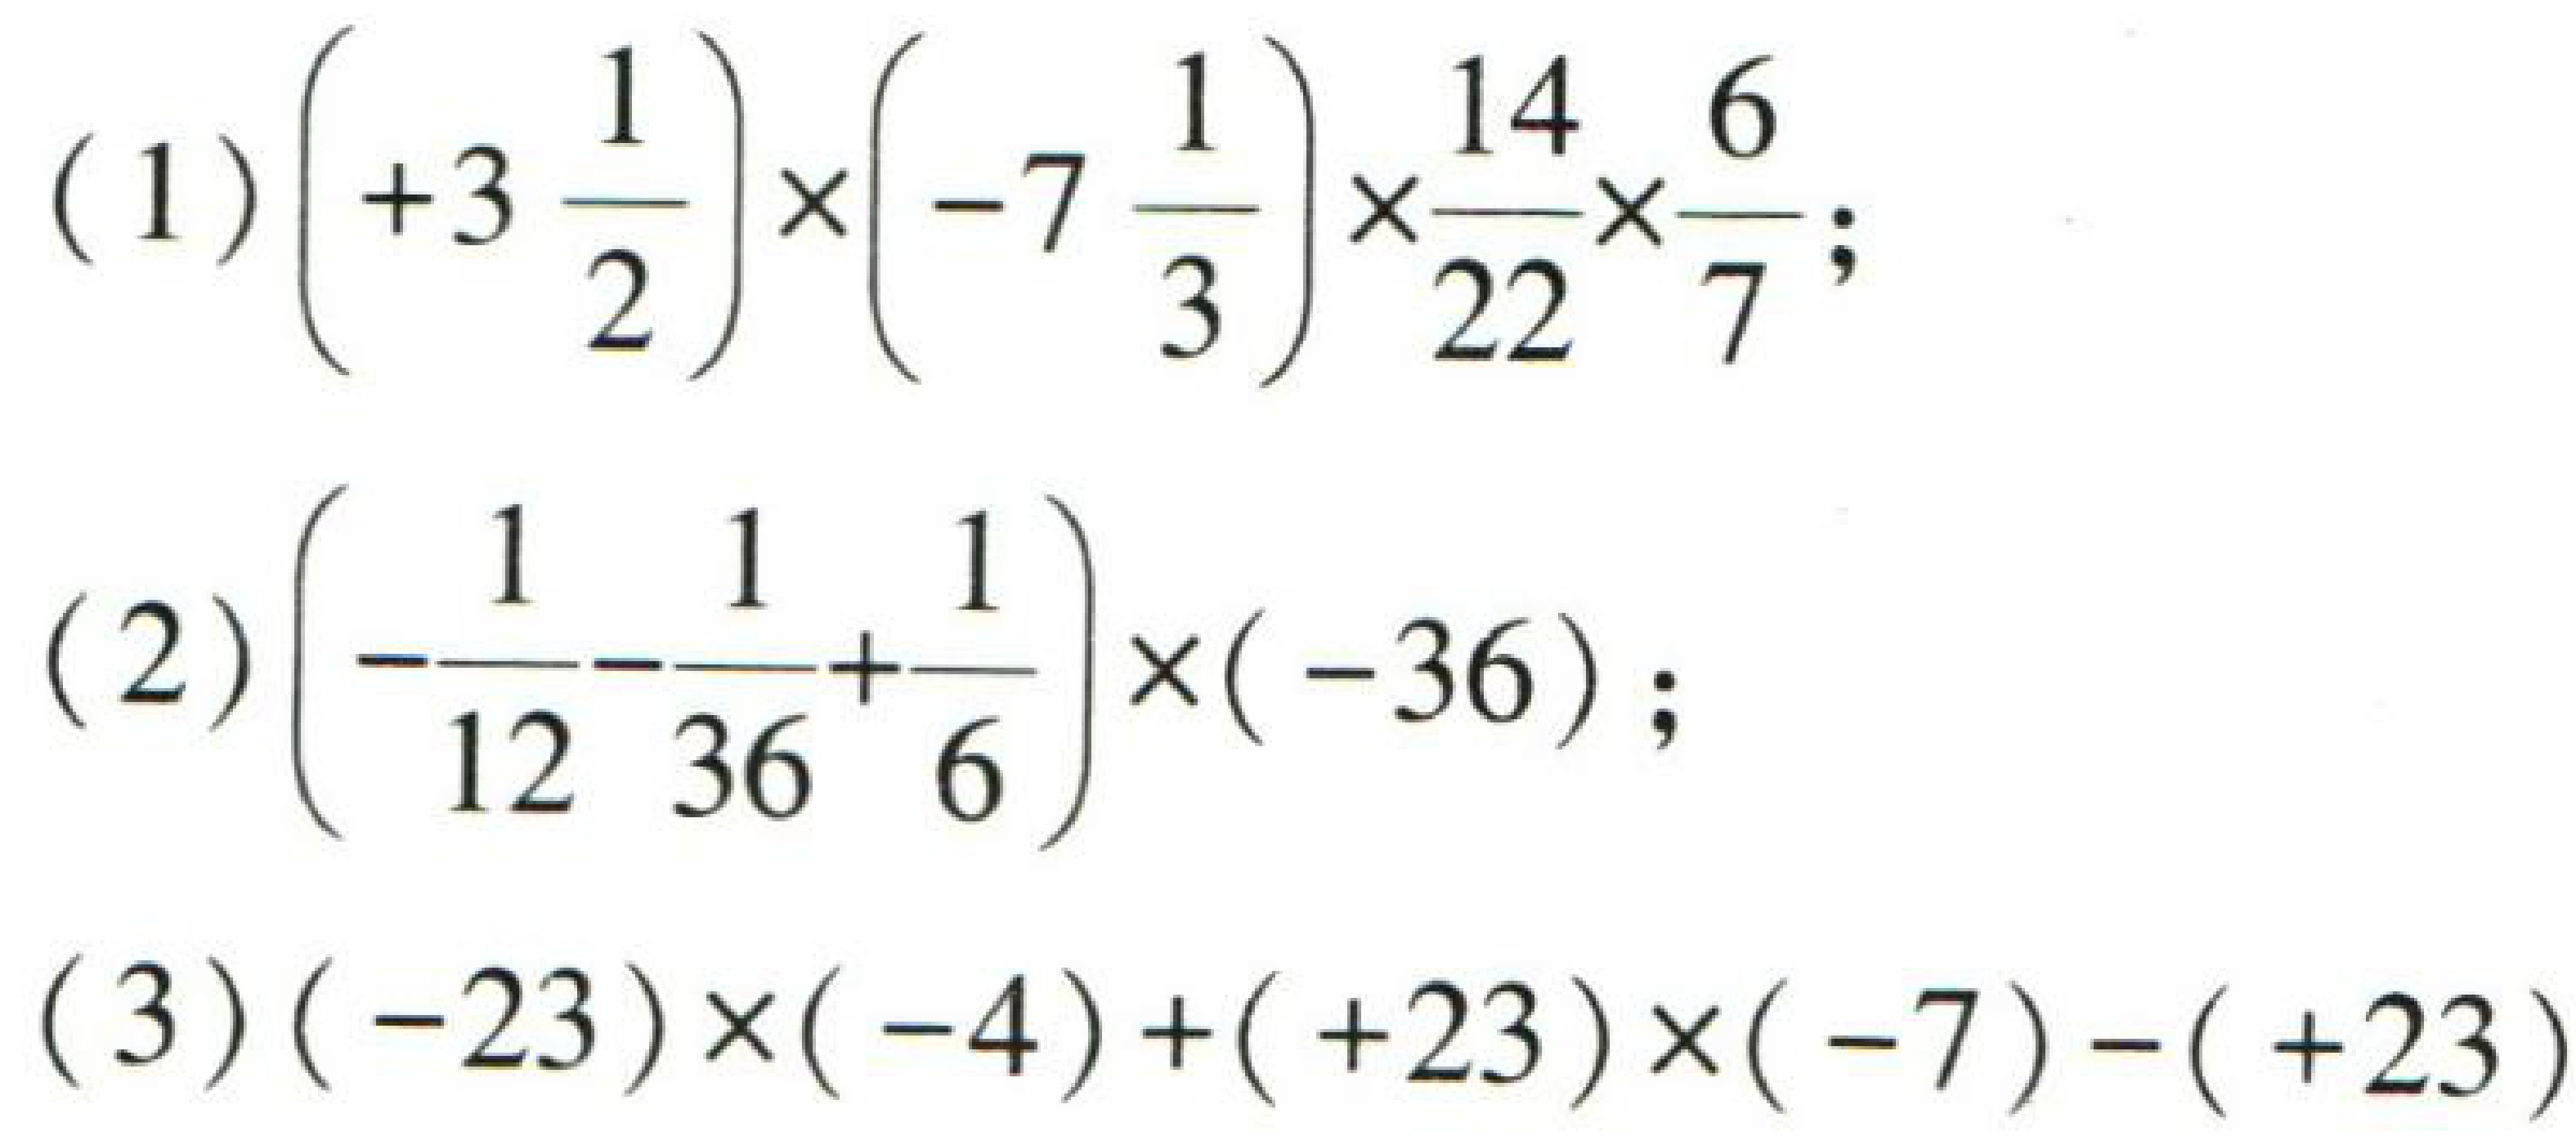
(1) \(\left(+3\frac{1}{2}\right)\times\left(-7\frac{1}{3}\right)\times\frac{14}{22}\times\frac{6}{7}\);
(2) \(\left(-\frac{1}{12}-\frac{1}{36}+\frac{1}{6}\right)\times(-36)\);
(3) \((-23)\times(-4)+(+23)\times(-7)-(+23)\)